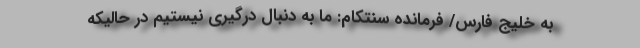
به خلیج فارس/ فرمانده سنتکام: ما به دنبال درگیری نیستیم در حالیکه